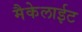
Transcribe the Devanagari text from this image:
मैकेलाईट